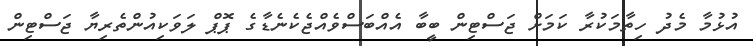
އުޅުމާ މެދު ހިތާމަކުރާ ކަމަށް ޖަސްޓިން ބީބާ އެއްބަސްވެއްޖެކެނެޑާގެ ޕޮޕް ލަވަކިއުންތެރިޔާ ޖަސްޓިން